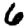
Digit: 6